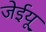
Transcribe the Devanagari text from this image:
जेईयू